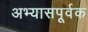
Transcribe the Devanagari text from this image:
अभ्यासपूर्वक